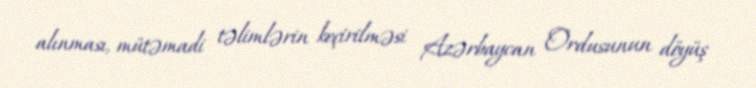
alınması, mütəmadi təlimlərin keçirilməsi Azərbaycan Ordusunun döyüş